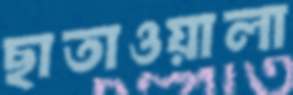
ছাতাওয়ালা